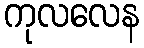
ကုလလေန